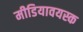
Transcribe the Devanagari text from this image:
मीडियावयस्क